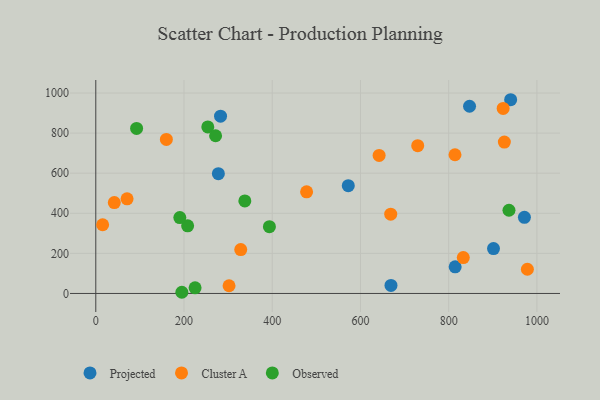
{"axis": {"x": "Investment", "y": "Sales"}, "legend": ["Cluster A", "Observed", "Projected"], "data": [{"x": "814.7", "y": 133.1, "type": "Projected"}, {"x": "901.6", "y": 224.0, "type": "Projected"}, {"x": "847.3", "y": 934.1, "type": "Projected"}, {"x": "940.5", "y": 966.6, "type": "Projected"}, {"x": "971.7", "y": 380.1, "type": "Projected"}, {"x": "669.2", "y": 40.1, "type": "Projected"}, {"x": "572.4", "y": 537.9, "type": "Projected"}, {"x": "277.9", "y": 597.8, "type": "Projected"}, {"x": "282.8", "y": 884.5, "type": "Projected"}, {"x": "642.3", "y": 688.7, "type": "Cluster A"}, {"x": "42.0", "y": 453.3, "type": "Cluster A"}, {"x": "302.1", "y": 38.4, "type": "Cluster A"}, {"x": "729.8", "y": 737.4, "type": "Cluster A"}, {"x": "477.9", "y": 507.0, "type": "Cluster A"}, {"x": "328.6", "y": 218.8, "type": "Cluster A"}, {"x": "833.1", "y": 179.0, "type": "Cluster A"}, {"x": "668.6", "y": 395.4, "type": "Cluster A"}, {"x": "70.9", "y": 472.4, "type": "Cluster A"}, {"x": "160.0", "y": 768.4, "type": "Cluster A"}, {"x": "15.5", "y": 342.9, "type": "Cluster A"}, {"x": "814.3", "y": 692.1, "type": "Cluster A"}, {"x": "923.5", "y": 923.1, "type": "Cluster A"}, {"x": "926.2", "y": 755.3, "type": "Cluster A"}, {"x": "978.4", "y": 120.8, "type": "Cluster A"}, {"x": "208.2", "y": 337.4, "type": "Observed"}, {"x": "190.5", "y": 378.6, "type": "Observed"}, {"x": "225.1", "y": 28.3, "type": "Observed"}, {"x": "393.6", "y": 333.3, "type": "Observed"}, {"x": "195.1", "y": 5.9, "type": "Observed"}, {"x": "253.9", "y": 830.8, "type": "Observed"}, {"x": "271.6", "y": 786.8, "type": "Observed"}, {"x": "337.9", "y": 461.8, "type": "Observed"}, {"x": "92.5", "y": 823.2, "type": "Observed"}, {"x": "936.7", "y": 415.2, "type": "Observed"}]}